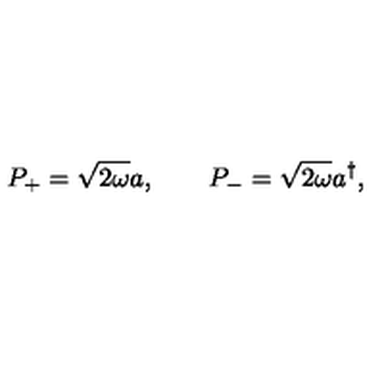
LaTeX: P _ { + } = \sqrt { 2 \omega } a , \qquad P _ { - } = \sqrt { 2 \omega } a ^ { \dagger } ,